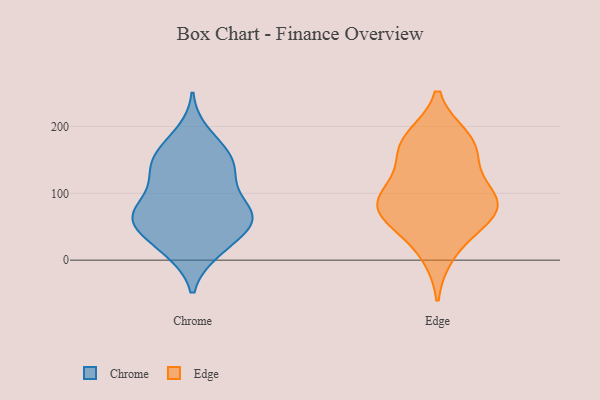
{"axis": {"x": "Production Output", "y": "Value"}, "legend": ["Chrome", "Edge"], "data": [{"x": "", "y": 162, "type": "Chrome"}, {"x": "", "y": 130, "type": "Chrome"}, {"x": "", "y": 117, "type": "Chrome"}, {"x": "", "y": 54, "type": "Chrome"}, {"x": "", "y": 86, "type": "Chrome"}, {"x": "", "y": 161, "type": "Chrome"}, {"x": "", "y": 124, "type": "Chrome"}, {"x": "", "y": 58, "type": "Chrome"}, {"x": "", "y": 67, "type": "Chrome"}, {"x": "", "y": 58, "type": "Chrome"}, {"x": "", "y": 189, "type": "Chrome"}, {"x": "", "y": 57, "type": "Chrome"}, {"x": "", "y": 59, "type": "Chrome"}, {"x": "", "y": 72, "type": "Chrome"}, {"x": "", "y": 13, "type": "Chrome"}, {"x": "", "y": 142, "type": "Chrome"}, {"x": "", "y": 153, "type": "Chrome"}, {"x": "", "y": 77, "type": "Chrome"}, {"x": "", "y": 20, "type": "Chrome"}, {"x": "", "y": 15, "type": "Chrome"}, {"x": "", "y": 107, "type": "Edge"}, {"x": "", "y": 182, "type": "Edge"}, {"x": "", "y": 173, "type": "Edge"}, {"x": "", "y": 88, "type": "Edge"}, {"x": "", "y": 50, "type": "Edge"}, {"x": "", "y": 77, "type": "Edge"}, {"x": "", "y": 80, "type": "Edge"}, {"x": "", "y": 150, "type": "Edge"}, {"x": "", "y": 67, "type": "Edge"}, {"x": "", "y": 93, "type": "Edge"}, {"x": "", "y": 174, "type": "Edge"}, {"x": "", "y": 10, "type": "Edge"}]}